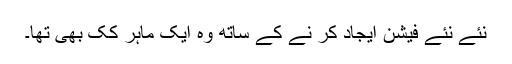
نئے نئے فیشن اِیجاد کر نے کے ساتھ وہ ایک ماہر کک بھی تھا۔